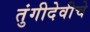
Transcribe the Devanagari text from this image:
तुंगीदेवीचे